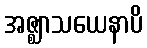
အဇ္ဈာသယေနာပိ